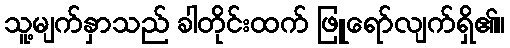
သူ့မျက်နှာသည် ခါတိုင်းထက် ဖြူရော်လျက်ရှိ၏။